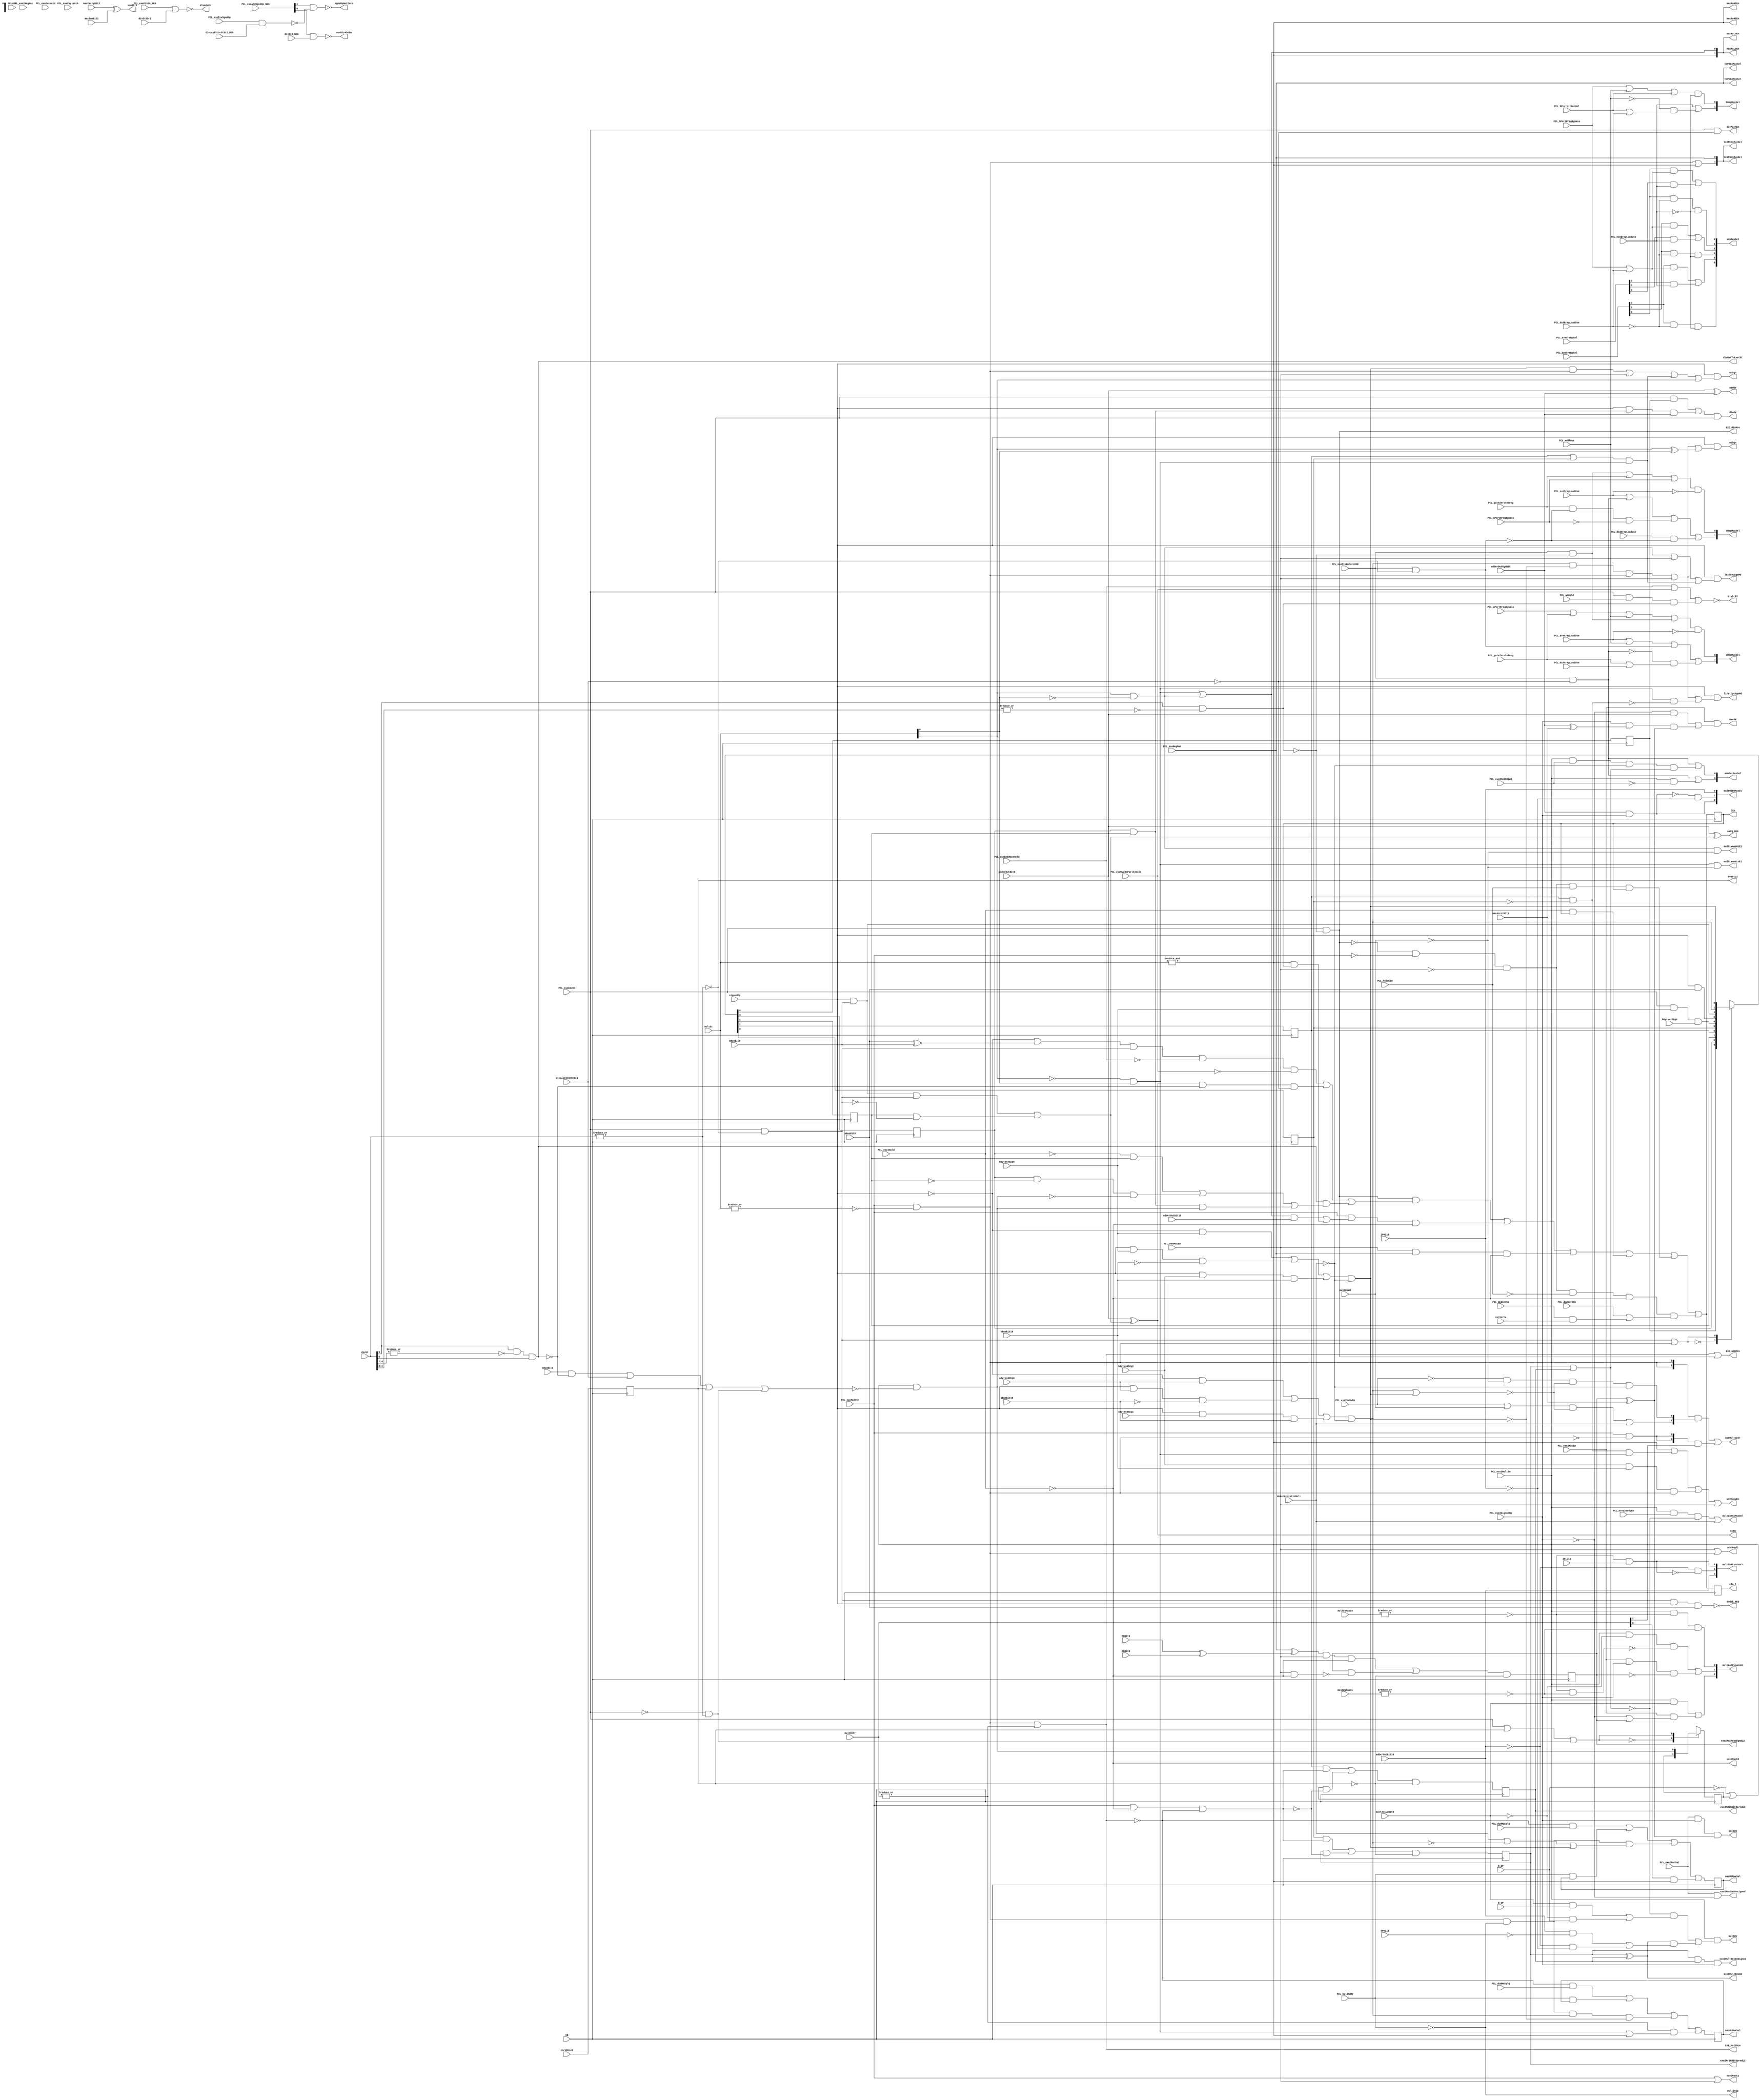
// 
// ************************************************************************** 
// 
//  Copyright (c) International Business Machines Corporation, 2005. 
// 
//  This file contains trade secrets and other proprietary and confidential 
//  information of International Business Machines Corporation which are 
//  protected by copyright and other intellectual property rights and shall 
//  not be reproduced, transferred to other documents, disclosed to others, 
//  or used for any purpose except as specifically authorized in writing by 
//  International Business Machines Corporation. This notice must be 
//  contained as part of this text at all times. 
// 
// ************************************************************************** 
//
module p405s_admCntl (EXE_admMco, aRegMuxSel, admOutMuxSel, multLoAnsMuxSel,
           bRegMuxSel, sgndOpNotZero, dndSE_NEG, sRegMuxSel, addOV,
           divOV, nxtQ, PCL_aPortRregBypass,
           PCL_bPortRregBypass, PCL_exeCmplmntA, PCL_dcdHotCIn,
           PCL_dcdXerCa, PCL_exeDivEn, PCL_exeMultEn, PCL_sPortRregBypass,
           N_ZP, aBytes01Eq0, bBytes23Eq0, adderOutBit0,
           adderOutBit16, adderOutSgnBit, coreReset, deterministicMult,
           divSt, bBusBit0, sBusBit0, bBytes01Eq0, N_OP,
           multHiWd, nxtXerCa, aBusBit0, aBusBit16, bBusBit16,
           signedOp, bBytes01Eq1, aBytes01Eq1,
           PCL_holdCIn, PCL_gateZeroToAreg,
           PCL_gateZeroToSreg, PCL_addFour, multSt,
           CB, CIn, PCL_dcdSrmBpSel, srmMuxSel,
           multOV, EXE_multMco, divStE2, multStE2, PCL_wbHold, multAnsLoBit0,
           multLWAnsLoE1, multLWAnsHiE1, divPathEn,
           PCL_exeXerOvEn, PCL_dcdAregLoadUse, PCL_dcdBregLoadUse,
           PCL_dcdSregLoadUse, PCL_bPortLitGenSel, PCL_exeAregLoadUse,
           PCL_exeBregLoadUse, PCL_exeSregLoadUse, mdSgn, mrSgn, EXE_divMco,
           divASeEn, nonDivASeEn, macMdMuxSel, macMrMuxSel,
           macRsHiEn, macRsLoEn, lastCycSgnMd, firstCycSgnMd, exe2MacE1,
           accRegE1, PCL_dcdMrSelQ, PCL_dcdMdSelQ, macRcHiEn, macRcLoEn,
           tczPSHiMuxSel, tcPSLoMuxSel, tczPCHiMuxSel, tcPCLoMuxSel, md2CompEn,
           PCL_exe2MultEn, PCL_exe2MultHiWd, PCL_exe2XerOvEn, PCL_exe2Hold,
           PCL_exe2NegMac, PCL_exeMacEn,
           multCntr, nxtMultCntr, adderOutBit15, divNxtToLastSt,
           divLastStOrSt0L2, OPHi16, ZPHi16, exe2Mult16x32,
           exe2Mult16x16Signed, resetL2, ZPLo16, OPLo16,
           multLWAnsLo, multLWAnsHi,PCL_exeNegMac, multHiEOAnsCc, multLo4CycAnsCc,
           multLo5CycAnsCc, PCL_exe2MacEn, PCL_exe2MacSat,
           macOV, PCL_exeLoadUseHold, PCL_exeDvcHold,
           PCL_exeSrmBpSel, MDBit0, MRBit0, macAccL2Bit0, PCL_exe2SignedOp,
           PCL_holdMdMr, exe2MacE2,
           divLastStOrSt0L2_NEG,
           macCarryBit2, macSumBit1, PCL_exeAddSgndOp_NEG, PCL_exeDivSgndOp,
           PCL_exeDivEn_NEG, divSt1_NEG, divSt0Or1, PCL_exeDivEnForLSSD, cIn_1,
           exe2MacProdSgndL2, exe2MacSatUnsigned, exe2Md16BitOprndL2, exe2Mr16BitOprndL2,
           potSOV, sumBit1, nxtQ_NEG, PCL_exeDvcOrParityHold);

    input  PCL_exe2SignedOp;
    input  PCL_exe2MacSat;
    output macOV;
    output EXE_admMco;
    output [0:1] aRegMuxSel;
    output [0:1] admOutMuxSel;
    output multLoAnsMuxSel;
    output [0:1] bRegMuxSel;
    output sgndOpNotZero;
    output dndSE_NEG;
    output [0:1] sRegMuxSel;
    output addOV;
    output divOV;
    output nxtQ;
    output multLWAnsLoE1;
    output multLWAnsHiE1;
    output [0:2] multHiEOAnsCc;
    output [0:2] multLo4CycAnsCc;
    output [0:2] multLo5CycAnsCc;
    input PCL_aPortRregBypass;
    input PCL_bPortRregBypass;
    input PCL_exeCmplmntA;
    input PCL_dcdHotCIn;
    input PCL_dcdXerCa;
    input PCL_exeDivEn;
    input PCL_exeMultEn;
    input PCL_sPortRregBypass;
    input PCL_gateZeroToAreg;
    input N_ZP;
    input aBytes01Eq0;
    input bBytes23Eq0;
    input adderOutBit0;
    input adderOutBit16;
    input adderOutSgnBit;
    input coreReset;
    input deterministicMult;
    input [0:5] divSt;
    input bBusBit0;
    input sBusBit0;
    input bBytes01Eq0;
    input N_OP;
    input multHiWd;
    input nxtXerCa;
    input aBusBit0;
    input aBusBit16;
    input bBusBit16;
    input signedOp;
    input bBytes01Eq1;
    input aBytes01Eq1;
    input PCL_holdCIn;
    input PCL_gateZeroToSreg;
    input PCL_addFour;
    input [0:1] multSt;
    //input [0:4] CB;
    input CB;
    output CIn;
    input [0:2] PCL_dcdSrmBpSel;
    input [0:2] PCL_exeSrmBpSel;
    output [0:5] srmMuxSel;
    output multOV;
    output EXE_multMco;
    output divStE2;
    output multStE2;
    input PCL_wbHold;
    input multAnsLoBit0;
    output divPathEn;
    input PCL_exeXerOvEn;
    input PCL_dcdAregLoadUse;
    input PCL_dcdBregLoadUse;
    input PCL_dcdSregLoadUse;
    input PCL_bPortLitGenSel;
    input PCL_exeAregLoadUse;
    input PCL_exeBregLoadUse;
    input PCL_exeSregLoadUse;
    output mdSgn;
    output mrSgn;
    output EXE_divMco;
    output divASeEn;
    output nonDivASeEn;
    output macMdMuxSel;
    output macMrMuxSel;
    output macRsHiEn;
    output [0:1] macRsLoEn;
    output [0:1] macRcLoEn;
    output macRcHiEn;
    output [0:1] tczPSHiMuxSel;
    output tcPSLoMuxSel;
    output [0:1] tczPCHiMuxSel;
    output tcPCLoMuxSel;
    output lastCycSgnMd;
    output firstCycSgnMd;
    output exe2MacE1;
    output accRegE1;
    input PCL_dcdMrSelQ;
    input PCL_dcdMdSelQ;
    output md2CompEn;
    input PCL_exe2MultEn;
    input PCL_exe2MultHiWd;
    input PCL_exe2XerOvEn;
    input PCL_exe2Hold;
    input PCL_exe2NegMac;
    input PCL_exeNegMac;
    input PCL_exeMacEn;
    input [0:1] multCntr;
    output [0:1] nxtMultCntr;
    input adderOutBit15;
    output divNxtToLastSt;
    input divLastStOrSt0L2;
    input divLastStOrSt0L2_NEG;
    input ZPHi16;
    input OPHi16;
    output exe2Mult16x32;
    output exe2Mult16x16Signed;
    output resetL2;
    input ZPLo16;
    input OPLo16;
    input [0:15] multLWAnsLo;
    input [0:15] multLWAnsHi;
    input PCL_exe2MacEn;
    input PCL_exeLoadUseHold;
    input PCL_exeDvcHold;
    input MDBit0;
    input MRBit0;
    input macAccL2Bit0;
    input PCL_holdMdMr;
    output exe2MacE2;
    input macCarryBit2;
    input macSumBit1;
    input [0:1] PCL_exeAddSgndOp_NEG;
    input PCL_exeDivSgndOp;
    input PCL_exeDivEn_NEG;
    input divSt1_NEG;
    input divSt0Or1;
    input PCL_exeDivEnForLSSD;
    output cIn_1;
    output exe2MacProdSgndL2;
    output exe2MacSatUnsigned;
    output exe2Md16BitOprndL2;
    output exe2Mr16BitOprndL2;
    output potSOV, sumBit1;
    output nxtQ_NEG;
    input  PCL_exeDvcOrParityHold;
    
// Changes:
// 01/05/99 SBP Change multNxtCIn equation. See issue 349 for more details.
// 01/07/99 SBP Change nxtExe2MacProdSgndL2 equation. See issue 352 for more details.
// 01/20/99 SBP Change tczPSHiMuxSel<0:1>, tczPSLoMuxSel, tczPCHiMuxSel<0:1>,
//              tczPCLoMuxSel to move the mux from exe2 to exe1 cycle.
// 05/07/99 SBP Moved some logic into sdtGates cell for timing.
//
// 07/13/01 JBB Added PCL_exeDvcOrParityHold to divStE2 and divFirstOpSub equations
//              per Cobra workbook
            
//************************************************************************
// State Definition Generation
//************************************************************************
wire   nxtMacMdMuxSel, nxtMacMrMuxSel, multNxtCIn;
wire multSt0, divSt0, divLastSt, divNxtToNxtToLastSt;
wire earlyOutDetect, posDivPos, posDivNeg, negDivPos, negDivNeg;
wire divSt1, multSt3, multSt1, multSt2, md16BitOprnd, mr16BitOprnd;
wire divByZeroIn, dndSgnBit, dsrSgnBit, dzEOsgnE1;
wire zrdE1, zrdIn, resetZrd, multDecSel;
wire [0:1] setMultCntr, decMultCntr;
wire setExe2MdMrOprd;
wire nxtExe2Md16BitOprndL2, nxtExe2Mr16BitOprndL2;
wire nxtExe2MacProdSgndL2, multLWAnsLoZero, multLWAnsHiZero;

reg cIn_1;
reg CIn_i;
wire CIn;
reg resetL2_i;
wire resetL2;
reg exe2Md16BitOprndL2_i;
wire exe2Md16BitOprndL2;
reg exe2Mr16BitOprndL2_i;
wire exe2Mr16BitOprndL2;
reg exe2MacProdSgndL2_i;
wire exe2MacProdSgndL2;
reg macMdMuxSel_i;
wire macMdMuxSel;
reg macMrMuxSel_i;
wire macMrMuxSel;
reg zrd;
reg divByZeroL2;
reg dndSgnL2;
reg dsrSgnL2;
reg md16BitOprndL2;
reg mr16BitOprndL2;

assign multSt0 = PCL_exeMultEn & ~|multSt[0:1];
assign multSt1 = ~multSt[0] & multSt[1];
assign multSt3 = &multSt[0:1];
assign multSt2 = multSt[0] & ~multSt[1];

assign divSt0 = PCL_exeDivEn & ~(|divSt[0:5]);
assign divSt1 = ~|divSt[0:4] & divSt[5];
assign divNxtToNxtToLastSt = ~divSt[0] & divSt[1] & divSt[2] & ~|divSt[3:5];
wire divNxtToLastSt, divNxtToLastSt_i;
assign divNxtToLastSt = divNxtToLastSt_i;
assign divNxtToLastSt_i = divSt[0] & ~|divSt[1:4] & divSt[5];
assign divLastSt = divSt[0] & ~|divSt[1:5];

wire EXE_divMco, EXE_divMco_i;
assign EXE_divMco = EXE_divMco_i;
assign EXE_divMco_i = PCL_exeDivEn & ~divLastSt;
wire EXE_multMco, EXE_multMco_i;
assign EXE_multMco = EXE_multMco_i;
assign EXE_multMco_i = multSt0 | (|multCntr[0:1]);
assign EXE_admMco = EXE_multMco_i | EXE_divMco_i;

assign multStE2 = ~PCL_holdMdMr;
//assign divStE2 = ~(PCL_exeLoadUseHold | PCL_exeDvcHold | (PCL_exeDivEn & PCL_wbHold & divLastSt));

assign divStE2 = ~(PCL_exeLoadUseHold | PCL_exeDvcOrParityHold | 
                  (PCL_exeDivEn & PCL_wbHold & divLastSt));

// When zero is being added to the PP make sure its sgn ext is also zero.
//assign sgndOpNotZero = (signedOp & ~PCL_exeDivEn & ~PCL_exeMultEn) |
//                       (PCL_exeDivEn & signedOp & ~divLastStOrSt0L2);
assign  sgndOpNotZero = ~(PCL_exeAddSgndOp_NEG[0] & (~(PCL_exeDivSgndOp & divLastStOrSt0L2_NEG)));

//assign nonDivASeEn =  (signedOp & ~PCL_exeDivEn & ~PCL_exeMultEn) | divSt1;
assign  nonDivASeEn = ~(PCL_exeAddSgndOp_NEG[1] & divSt1_NEG);

//assign divASeEn = PCL_exeDivEn & ~divSt0 & ~divSt1;
assign  divASeEn = ~(PCL_exeDivEn_NEG | divSt0Or1);

// assign addUnitEn = PCL_exeAddEn & ~PCL_exeDivEn & ~PCL_exeMultEn & ~PCL_exeEaCalc;
assign addOV = adderOutBit0 ^ adderOutSgnBit;


// Valid during state0 only.
assign dndSgnBit = signedOp & aBusBit0;
assign dsrSgnBit = signedOp & bBusBit0;

//************************************************************************
// Divide Control Equations
//************************************************************************
wire divByZeroDetect, abortDivOp, divFirstOpSub, divNxtSub, divCorrectAddOne;
wire divNxtCIn;

// Valid after state0.
assign posDivPos = ~dndSgnL2 & ~dsrSgnL2;
assign posDivNeg = ~dndSgnL2 &  dsrSgnL2;
assign negDivPos =  dndSgnL2 & ~dsrSgnL2;
assign negDivNeg =  dndSgnL2 &  dsrSgnL2;

// Dsr is in bReg during state0 of divide.
assign divByZeroIn = PCL_exeDivEn & bBytes01Eq0 & bBytes23Eq0;

assign divByZeroDetect = PCL_exeDivEn & divByZeroL2;

assign abortDivOp = ~PCL_exeDivEn & (|divSt[0:5]);

wire nxtQ;
wire nxtQ_i;
assign nxtQ = nxtQ_i;
assign nxtQ_i = (adderOutBit0) ~^ ((dsrSgnBit & divSt0) | (dsrSgnL2 & ~divSt0));

assign nxtQ_NEG = (adderOutBit0) ^ ((dsrSgnBit & divSt0) | (dsrSgnL2 & ~divSt0));

// Divide 1st sub if posDivPos or negDivNeg during divSt1. PCL_exeLoadUseHold and
// PCL_exeDvcHold prevent CIn from being set during divSt0. We want to add zero to
// the DND during divSt0 to move DND from Areg to Sreg via rRegBypass.

//assign divFirstOpSub = (~signedOp | (aBusBit0 ~^ bBusBit0)) & divSt0 &
//                        ~PCL_exeLoadUseHold & ~PCL_exeDvcHold;

assign divFirstOpSub = (~signedOp | (aBusBit0 ~^ bBusBit0)) & divSt0 & 
                       ~PCL_exeLoadUseHold & ~PCL_exeDvcOrParityHold;

assign divNxtSub = nxtQ_i & ~divNxtToLastSt_i & ~divLastStOrSt0L2;

// Use input to zrd latch because must set cIn latch for last cycle correct.
assign divCorrectAddOne = divNxtToLastSt_i &
                          (posDivNeg | (negDivPos & ~zrdIn) | (negDivNeg & zrdIn));

assign divNxtCIn = divFirstOpSub | divNxtSub | divCorrectAddOne;

// divide overflow is anything  divided by zero OR negDivNeg with result neg.
assign divOV = (divByZeroDetect | (signedOp & negDivNeg & adderOutSgnBit)) & PCL_exeDivEn;

//************************************************************************
// Multiply Control Equations
//************************************************************************
// All 32-bit mult instruction assert PCL_exeMultEn.
// All 16-bit mult instruction assert PCL_exeMacEn.
// 00 - 0/1 cyc Mco, All mac and 16-bit mult instr are 0 cyc Mco.
//                   16x32 or 32x16 Hi/Lo results are 1 cyc Mco.
// 01 - 2 cyc Mco, 32x32 Lo result with no OV.
// 10 - 3 cyc Mco, 32x32 Lo result with OV or Hi results.
//                 All 32x32 bit mult with deterministic mult.
// 11 - Not Used,  None.
assign setMultCntr[0] = ((PCL_exeXerOvEn | multHiWd) & ~earlyOutDetect) | deterministicMult ;
assign setMultCntr[1] = ~PCL_exeXerOvEn & ~multHiWd & ~earlyOutDetect & ~deterministicMult;

assign decMultCntr[0:1] = ({1'b0, multCntr[0]});

assign multDecSel =  PCL_exeMultEn & ~multSt0;

assign nxtMultCntr[0:1] = ({2{multSt0}} & setMultCntr[0:1]) |
                          ({2{multDecSel}} & decMultCntr[0:1]);

assign multLWAnsLoE1 = multSt1 & ~multHiWd;

assign multLWAnsHiE1 = multSt2 & ~multHiWd;

assign exe2MacE1 = (PCL_exeMultEn | PCL_exeMacEn);

assign accRegE1 = (PCL_exeMacEn | multSt0);

assign exe2MacE2 =  ~PCL_exe2Hold;

//MacMdMuxSel
// 0 - AReg[16:31]
// 1 - AReg[0:15]
assign macMdMuxSel = macMdMuxSel_i;
assign nxtMacMdMuxSel = (~EXE_multMco_i & PCL_dcdMdSelQ) |
                        (PCL_holdMdMr & macMdMuxSel_i) |
                        (multSt0 & ~PCL_holdMdMr &
                        (deterministicMult | ~md16BitOprnd | mr16BitOprnd)) |
                        (multCntr[1] & multSt3);

//MacMrMuxSel
// 0 - BReg[16:31]
// 1 - BReg[0:15]
assign macMrMuxSel = macMrMuxSel_i;
assign nxtMacMrMuxSel = (~EXE_multMco_i & PCL_dcdMrSelQ) |
                        (PCL_holdMdMr & macMrMuxSel_i) |
                        (multSt0 & ~PCL_holdMdMr & md16BitOprnd & ~mr16BitOprnd) |
                        ((|multCntr[0:1]) & (multSt1 | multSt3));

assign setExe2MdMrOprd = PCL_exeMultEn & ~PCL_exe2Hold & ~EXE_multMco_i;

assign resetL2 = resetL2_i;
assign exe2Md16BitOprndL2 = exe2Md16BitOprndL2_i;
assign nxtExe2Md16BitOprndL2 =  ((md16BitOprndL2 & setExe2MdMrOprd) |
                                (exe2Md16BitOprndL2_i & ~setExe2MdMrOprd)) & ~resetL2_i;
assign exe2Mr16BitOprndL2 = exe2Mr16BitOprndL2_i;
assign nxtExe2Mr16BitOprndL2 =  ((mr16BitOprndL2 & setExe2MdMrOprd) |
                                (exe2Mr16BitOprndL2_i & ~setExe2MdMrOprd)) & ~resetL2_i;

// Invert the signed if NMAC.
assign exe2MacProdSgndL2 = exe2MacProdSgndL2_i;
assign nxtExe2MacProdSgndL2 =  (((PCL_exeNegMac ^ (MDBit0 ^ MRBit0)) & PCL_exeMacEn & ~PCL_exe2Hold) |
                                (exe2MacProdSgndL2_i & ~(PCL_exeMacEn & ~PCL_exe2Hold))) & ~resetL2_i;

assign exe2Mult16x32 = exe2Mr16BitOprndL2_i ^ exe2Md16BitOprndL2_i;

assign exe2Mult16x16Signed = exe2Mr16BitOprndL2_i & exe2Md16BitOprndL2_i &
                             PCL_exe2SignedOp;

// rlg - added the term "& ~deterministicMult" to fix issue 211 (powler2 database)
assign md16BitOprnd = ((~signedOp & aBytes01Eq0) |
                       (signedOp & aBytes01Eq0 & ~aBusBit16) |
                       (signedOp & aBytes01Eq1 & aBusBit16)) & ~deterministicMult;

// rlg - added the term "& ~deterministicMult" to fix issue 211 (powler2 database)
assign mr16BitOprnd = ((~signedOp & bBytes01Eq0) |
                       (signedOp & bBytes01Eq0 & ~bBusBit16) |
                       (signedOp & bBytes01Eq1 & bBusBit16)) & ~deterministicMult;

assign earlyOutDetect = md16BitOprnd | mr16BitOprnd;

assign mdSgn = signedOp & ((md16BitOprnd & ~mr16BitOprnd & multSt0) |
                           PCL_exeMacEn | (multSt[0] ^ multSt[1]));

assign mrSgn = signedOp & ((mr16BitOprnd & multSt0) | PCL_exeMacEn |
                           ((md16BitOprndL2 | mr16BitOprndL2) & multSt1) |
                            multSt[0]);

assign md2CompEn = multSt3 | (md16BitOprndL2 &  ~mr16BitOprndL2 & multSt1) |
                   (bBytes01Eq1 & bBusBit16 & multSt0) | PCL_exeMacEn ;

assign lastCycSgnMd = signedOp & (multSt2  | PCL_exeMacEn |
                                 (multSt1 & (md16BitOprndL2 | mr16BitOprndL2)));

assign firstCycSgnMd =  signedOp & ((md16BitOprnd & ~mr16BitOprnd & multSt0) | PCL_exeMacEn |
                                    (multSt1 & ~(md16BitOprndL2 & ~mr16BitOprndL2)));

// Mult overflow occurs when the sign bit of the lo word ans does not
// match all of the bits in the hi word ans. The hi word ans should be the
// sign extension of the low result. OV can not occur with a 16x16 mult.
assign multOV = PCL_exe2MultEn &
                ((~(exe2Mr16BitOprndL2_i | exe2Md16BitOprndL2_i) &
                 ((multAnsLoBit0 & N_OP) | (~multAnsLoBit0 & N_ZP))) |
                 ((exe2Mr16BitOprndL2_i ^ exe2Md16BitOprndL2_i) &
                  ((adderOutBit16 & ~OPHi16) | (~adderOutBit16 & ~ZPHi16))));

assign macOV = PCL_exe2MacEn &
               ((~PCL_exe2SignedOp & adderOutBit0) |
                (PCL_exe2SignedOp & (adderOutSgnBit ^ macAccL2Bit0) & (exe2MacProdSgndL2_i ~^ macAccL2Bit0)));

//assign macOVSat = PCL_exe2MacSat &
//                  ((~PCL_exe2SignedOp & adderOutBit0) |
//                   (PCL_exe2SignedOp & (adderOutSgnBit ^ macAccL2Bit0) & (exe2MacProdSgndL2_i ~^ macAccL2Bit0)));
//
assign potSOV = PCL_exe2MacSat & PCL_exe2SignedOp & (exe2MacProdSgndL2_i ~^ macAccL2Bit0);
assign sumBit1 = macCarryBit2 ^ macSumBit1;
assign exe2MacSatUnsigned = PCL_exe2MacSat & ~PCL_exe2SignedOp;

//assign macOVSat_NEG = ~((cInBit1 & (sumBit1 ~^ macAccL2Bit0) & potSOV) |
//                        (~cInBit1 & (sumBit1 ^ macAccL2Bit0) & potSOV) |
//                        (PCL_exe2MacSat & ~PCL_exe2SignedOp & adderOutBit0));
//
//assign macSatValue[0:31] = ({(~PCL_exe2SignedOp | exe2MacProdSgndL2_i),
//                             {31{(~PCL_exe2SignedOp | ~exe2MacProdSgndL2_i)}}});

assign multLWAnsLoZero = ~(|multLWAnsLo[0:15]);
assign multLWAnsHiZero = ~(|multLWAnsHi[0:15]);

assign multHiEOAnsCc[0] =  adderOutSgnBit & PCL_exe2SignedOp;
assign multHiEOAnsCc[1] =  ~(adderOutSgnBit & PCL_exe2SignedOp) & ~ZPHi16 ;
assign multHiEOAnsCc[2] =   ZPHi16;

assign multLo4CycAnsCc[0] =  adderOutBit16;
assign multLo4CycAnsCc[1] =  ~adderOutBit16 & ~(multLWAnsLoZero & ZPLo16);
assign multLo4CycAnsCc[2] =  multLWAnsLoZero & ZPLo16;

assign multLo5CycAnsCc[0] =  (PCL_exe2MultEn & multAnsLoBit0) |
                             (PCL_exe2MacEn & (~PCL_exe2SignedOp | exe2MacProdSgndL2_i));
assign multLo5CycAnsCc[1] =  (PCL_exe2MultEn & ~multAnsLoBit0 & ~(multLWAnsLoZero & multLWAnsHiZero)) |
                             (PCL_exe2MacEn & PCL_exe2SignedOp & ~exe2MacProdSgndL2_i);
assign multLo5CycAnsCc[2] =  PCL_exe2MultEn & multLWAnsLoZero & multLWAnsHiZero;

// admccMuxSel[0:1]
// 00 -  pla
// 01 -  MultHiEOAns
// 10 -  MultLo4CycAns
// 11 -  MultLo5CycAns
//assign admCcMuxSel[0] = ~macOVSat_NEG | (PCL_exe2MultEn & ~PCL_exe2MultHiWd);
//assign admCcMuxSel[1] = ~macOVSat_NEG | (PCL_exe2MultEn & ((~PCL_exe2MultHiWd & PCL_exe2XerOvEn & ~(exe2Mr16BitOprndL2_i | exe2Md16BitOprndL2_i)) |
//                        (PCL_exe2MultHiWd & (exe2Mr16BitOprndL2_i | exe2Md16BitOprndL2_i))));

// Should set to zero during State0 and hold during state3.
assign CIn = CIn_i;
assign multNxtCIn = ((multSt1 | multSt2) & adderOutBit15) |
                    (multSt3 & CIn_i);

assign macRcLoEn[0] = multSt3;
assign macRcLoEn[1] = multSt1 | multSt2;

assign macRcHiEn = multSt3;

assign macRsLoEn[0] = multSt3;
assign macRsLoEn[1] = multSt1 | multSt2;

assign macRsHiEn = multSt3;

assign tczPSHiMuxSel[0] = multSt0 | multSt3;
assign tczPSHiMuxSel[1] = PCL_exeNegMac;

assign tcPSLoMuxSel = PCL_exeNegMac;

assign tczPCHiMuxSel[0] = multSt0 | multSt3;
assign tczPCHiMuxSel[1] = PCL_exeNegMac;

assign tcPCLoMuxSel = PCL_exeNegMac;

//************************************************************************
// Mux Control Equations
//************************************************************************
wire multLoAns, multEarlyOutHiAns;
wire divPathForMS, divSt0ForMS, divMcoForMS;

// Using sepeate DivEn for LSSD.
assign divPathForMS = PCL_exeDivEnForLSSD & ~divLastStOrSt0L2;
assign divSt0ForMS = PCL_exeDivEnForLSSD & ~(|divSt[0:5]);
assign divMcoForMS = PCL_exeDivEnForLSSD & ~divLastSt;

// admMuxSelect div/mult leg.
assign divPathEn = PCL_exeDivEn & ~divLastStOrSt0L2;

// dndSE
assign dndSE_NEG = ~(divSt0 & signedOp & aBusBit0);

// admMuxSelect div/mult leg.
assign multLoAns =  PCL_exe2MultEn & ~PCL_exe2MultHiWd;

assign multEarlyOutHiAns = PCL_exe2MultEn & PCL_exe2MultHiWd & ~deterministicMult &
                            (exe2Md16BitOprndL2_i | exe2Mr16BitOprndL2_i);

// multLoAnsMuxSel
// 0 -  adderOut[17:32],multLWAnsLo<0:15>     //3 cycle OE=0
// 1 -  multLWAnsHi<0:15>,multLWAnsLo<0:15>   //4 cycle OE=1
assign multLoAnsMuxSel = (PCL_exe2MultEn & PCL_exe2XerOvEn &
                          ~(exe2Md16BitOprndL2_i | exe2Mr16BitOprndL2_i)) | deterministicMult;

// admAdderAInMuxSel[0:1]
// 00 -  aBus            : Adds
// 01 -  Complement aBus : Subtracts
// 10 -  Zero (Not Used) :
// 11 -  PC,PS Reg       : All mult states, mac in exe2
//assign admAdderAInMuxSel[0] = ~(PCL_exeMultEn_NEG[0] & PCL_exe2MacOrMultEn_NEG[0]);
//assign admAdderAInMuxSel[1] = ~(PCL_exeMultEn_NEG[1] & PCL_exe2MacOrMultEn_NEG[1] & PCL_exeCmplmntA_NEG);

// admAdderBInMuxSel[0:1]
// 00 -  bBus            : Adds
// 01 -  Complement bBus : Div intermediate state, subtract.
// 10 -  Zero            : Div first and last state
// 11 -  PC,PS Reg       : All mult states, mac in exe2
//assign admAdderBInMuxSel[0] = ~(~(PCL_exeMultEnForMuxSel[0] | PCL_exe2MacOrMultEnForMS[0]) &
//                              ~(PCL_exeDivEnForMuxSel[0] & divLastStOrSt0L2_1));
//assign admAdderBInMuxSel[1] = ~(~(PCL_exeMultEnForMuxSel[1] | PCL_exe2MacOrMultEnForMS[1]) &
//                                ~(PCL_exeDivEnForMuxSel[1] & cIn_1 & divLastStOrSt0L2_NEG[0]));

// admOutMuxSel[0:1]
// 00 -  adderOut[1:32]      : divFirstOrLastCyc, Adds, Subs, mult hiAns for 32x32,
//                           : all macs & nmac, all 16x16 mult
// 01 -  multHi for earlyout : SE,adderOutHi
// 10 -  multLoAns           : 2:1mux 0-(adderOutLo,Lo) for 32x32 Lo no OV 1-(Hi,Lo) for 32x32 Lo OV.
// 11 -  divPath             : Div intermidiate state
assign admOutMuxSel[0] = divPathForMS | multLoAns;
assign admOutMuxSel[1] = divPathForMS | multEarlyOutHiAns;

// aRegMuxSel[0:1]
// 00 -  GPR Aport
// 01 -  Rreg Bypass  (div intermediate state, aportRregBypass)
// 10 -  Dreg Bypass
// 11 -  multLitMux   (divSt0, addFour for storageOps, gateZeroToAreg)
assign aRegMuxSel[0] = PCL_exeAregLoadUse | PCL_addFour | divSt0ForMS |
                       (~divPathForMS & (PCL_gateZeroToAreg | PCL_dcdAregLoadUse));
assign aRegMuxSel[1] = (PCL_aPortRregBypass | PCL_gateZeroToAreg |
                        PCL_addFour | divMcoForMS) & ~PCL_exeAregLoadUse;

//assign aRegZ4dndSEIn[0:31] =({{29{dndSE}},(dndSE | PCL_addFour),{2{dndSE}}});

// bRegMuxSel[0:1]
// 00 -  GPR Bport
// 01 -  Rreg Bypass (LD,ST,RregBypass)
// 10 -  Dreg Bypass
// 11 -  Mult/LitGen (FB shift and rotate 16 bits or LitGen).
assign bRegMuxSel[0] = PCL_exeBregLoadUse |
                       (~PCL_addFour & (PCL_bPortLitGenSel | PCL_dcdBregLoadUse));
assign bRegMuxSel[1] = (PCL_bPortRregBypass | PCL_addFour |
                        PCL_bPortLitGenSel) & ~PCL_exeBregLoadUse ;

// sRegMuxSel[0:1]
// 00 -  GPR Sport
// 01 -  Rreg Bypass (divSt0, RregBypass)
// 10 -  Dreg Bypass
// 11 -  divPathorZero  (divPath(dndNxtQ, dcbz, dcba)
// Prowler pass2 issue200 fix.
//assign sRegMuxSel[0] = PCL_exeSregLoadUse | divPathForMS | (PCL_gateZeroToSreg & ~divSt0ForMS) |
assign sRegMuxSel[0] = PCL_exeSregLoadUse | divPathForMS | (PCL_gateZeroToSreg & ~divSt0ForMS & ~PCL_sPortRregBypass) |
                       (PCL_dcdSregLoadUse & ~divSt0ForMS);
assign sRegMuxSel[1] = (divMcoForMS | PCL_gateZeroToSreg | PCL_sPortRregBypass) & ~PCL_exeSregLoadUse;

// srmMuxSel[0:5]
// 00 -  Lit Gen
// 01 -  Dreg Bypass
// 10 -  GPR Bport
// 11 -  Rreg Bypass (RregBypass)
assign srmMuxSel[0] = PCL_dcdSrmBpSel[0] & ~PCL_dcdBregLoadUse & ~PCL_exeBregLoadUse;
assign srmMuxSel[1] = (PCL_dcdSrmBpSel[0] & (PCL_bPortRregBypass | PCL_dcdBregLoadUse)) |
                      (PCL_exeSrmBpSel[0] &  PCL_exeBregLoadUse);
assign srmMuxSel[2] = PCL_dcdSrmBpSel[1] & ~PCL_dcdBregLoadUse & ~PCL_exeBregLoadUse;
assign srmMuxSel[3] = (PCL_dcdSrmBpSel[1] & (PCL_bPortRregBypass | PCL_dcdBregLoadUse)) |
                      (PCL_exeSrmBpSel[1] & PCL_exeBregLoadUse);
assign srmMuxSel[4] = PCL_dcdSrmBpSel[2] & ~PCL_dcdBregLoadUse & ~PCL_exeBregLoadUse;
assign srmMuxSel[5] = (PCL_dcdSrmBpSel[2] & (PCL_bPortRregBypass | PCL_dcdBregLoadUse)) |
                      (PCL_exeSrmBpSel[2] & PCL_exeBregLoadUse);

//************************************************************************
// Carry In Equation
//************************************************************************
wire  nxtCIn;

// Instr  Loading Stage   Used Stage    Holding Cond
// ----   -------------   ----------    ------------
// MAC    EXE1            EXE2          wbHold & exe2Full
// MULT   EXE1            EXE2          wbHold & exe2Full
// DIV    EXE1            EXE1          divEn & divLastSt & wbHold
// Other  DCD             EXE1          ~divMco & ~exeMultEn & ~exeMacEn & PCL_holdCIn
// PCL_holdCIn = exeLoadUseHold | exeDvcHold | trapMco | (wbHold & exeFull);
// PCL_exe2Hold = exe2Full & wbHold;
// term1 - During divMco want divNxtCIn,
// term2 - mult not stopped by exe2
// term3 - mac not stopped by exe2
// term4 - mac or mult in exe2 and holding
// term5 - divLastSt and other group holding
// term6 - divLastSt and other group not holding
// If no group holding let CI be controlled  by PCL_dcdHotCIn and PCL_dcdXerCA.
assign nxtCIn = ((EXE_divMco_i & divNxtCIn) |
                 (PCL_exeMultEn & multNxtCIn & ~PCL_exe2Hold) |
                 (PCL_exeMacEn & PCL_exeNegMac & ~PCL_exe2Hold) |
                 (PCL_exe2Hold & CIn_i) |
                 (~EXE_divMco_i & ~PCL_exeMultEn & ~PCL_exeMacEn & PCL_holdCIn & CIn_i) |
                 (~EXE_divMco_i & ~PCL_exeMultEn & ~PCL_exeMacEn & ~PCL_holdCIn & ~PCL_exe2Hold &
                                 (PCL_dcdHotCIn | (PCL_dcdXerCa & nxtXerCa))));

//************************************************************************
// Carry In Latch
//************************************************************************
//dp_regEXE_CIn       regEXE_CIn(.D({nxtCIn, coreReset, nxtExe2Md16BitOprndL2,
//                                   nxtExe2Mr16BitOprndL2, nxtExe2MacProdSgndL2}),
//                               .I(SI),
//                               .CB(CB[0:4]),
//                               .L2({CIn, resetL2_i, exe2Md16BitOprndL2_i,
//                                    exe2Mr16BitOprndL2_i, exe2MacProdSgndL2_i}),
//                               .SO(S1));
// Removed the module 'dp_regEXE_CIn'
always @(posedge CB)      
    begin                                       
     {CIn_i, resetL2_i, exe2Md16BitOprndL2_i, exe2Mr16BitOprndL2_i, exe2MacProdSgndL2_i} 
      <= {nxtCIn, coreReset, nxtExe2Md16BitOprndL2,nxtExe2Mr16BitOprndL2, nxtExe2MacProdSgndL2};
   end

//dp_regEXE_cInHiPwr  regEXE_cInHiPwr(.D(nxtCIn),
//                               .I(S1),
//                               .CB(CB[0:4]),
//                               .L2(cIn_1),
//                               .SO(S2));
// Removed the module 'dp_regEXE_cInHiPwr'
always @(posedge CB)      
    begin                                       
     cIn_1 <= nxtCIn;
   end

//dp_regEXE_macMdMrMuxSel  regEXE_macMdMrMuxSel(.D({nxtMacMdMuxSel,nxtMacMrMuxSel}),
//                               .I(S2),
//                               .CB(CB[0:4]),
//                               .L2({macMdMuxSel_i, macMrMuxSel_i}),
//                               .SO(S3));
// Removed the module 'dp_regEXE_macMdMrMuxSel'
always @(posedge CB)      
    begin                                       
     {macMdMuxSel_i, macMrMuxSel_i} <= {nxtMacMdMuxSel,nxtMacMrMuxSel};
   end 
//************************************************************************
// Zero Detect Equation
//************************************************************************
assign resetZrd = (sBusBit0 & ~divNxtToLastSt_i) | divLastStOrSt0L2 | resetL2_i | abortDivOp;
assign zrdIn = (~N_ZP | zrd) & ~resetZrd;

assign zrdE1 = (PCL_exeDivEn | resetL2_i | abortDivOp);

//************************************************************************
// Zero Detect Latch
//************************************************************************
//dp_regEXE_zrd       regEXE_zrd(.E1(zrdE1),
//                               .D(zrdIn),
//                               .I(S3),
//                               .CB(CB[0:4]),
//                               .L2(zrd),
//                               .SO(S4));
// Removed the module 'dp_regEXE_zrd'
always @(posedge CB)      
    begin                                       
    casez(zrdE1)                    
     1'b0: zrd <= zrd;                
     1'b1: zrd <= zrdIn;
      default: zrd <= 1'bx;  
    endcase                             
   end 

//************************************************************************
// divByZeroDetect,dndSgnBit,dsrSgnBit Equation
//************************************************************************
assign dzEOsgnE1 = divSt0 | multSt0;

//************************************************************************
// divByZeroDetect,dndSgnBit,dsrSgnBit Latch
//************************************************************************
//dp_regEXE_dzEOsgn   regEXE_dzEOsgn(.E1(dzEOsgnE1),
//                                   .D({divByZeroIn,dndSgnBit,dsrSgnBit,
//                                       md16BitOprnd,mr16BitOprnd}),
//                                   .I(S4),
//                                   .CB(CB[0:4]),
//                                   .L2({divByZeroL2,dndSgnL2,dsrSgnL2,
//                                        md16BitOprndL2,mr16BitOprndL2}),
//                                   .SO(SO));
// Removed the module 'dp_regEXE_dzEOsgn'
always @(posedge CB)      
    begin                                       
    casez(dzEOsgnE1) 
     1'b0: {divByZeroL2,dndSgnL2,dsrSgnL2,md16BitOprndL2,mr16BitOprndL2} <= {divByZeroL2,dndSgnL2,dsrSgnL2,md16BitOprndL2,mr16BitOprndL2};                
     1'b1: {divByZeroL2,dndSgnL2,dsrSgnL2,md16BitOprndL2,mr16BitOprndL2} <= {divByZeroIn,dndSgnBit,dsrSgnBit,md16BitOprnd,mr16BitOprnd}; 
      default: {divByZeroL2,dndSgnL2,dsrSgnL2,md16BitOprndL2,mr16BitOprndL2} <= 5'bx;  
    endcase                             
   end


endmodule